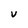
Character: V